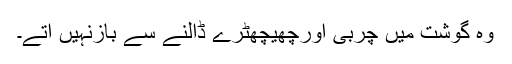
وہ گوشت میں چربی اورچھیچھٹرے ڈالنے سے بازنہیں آتے۔